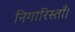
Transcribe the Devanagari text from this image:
निगारिस्ताँ।